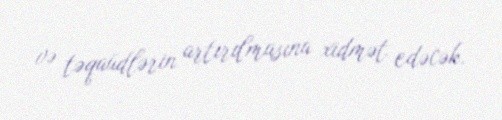
və təqaüdlərin artırılmasına xidmət edəcək.